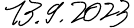
13.9.2023